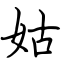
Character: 姑